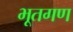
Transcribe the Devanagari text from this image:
भूतगण